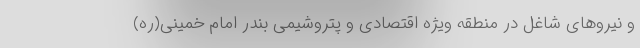
و نیروهای شاغل در منطقه ویژه اقتصادی و پتروشیمی بندر امام خمینی(ره)